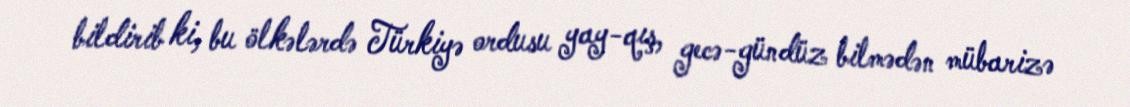
bildirib ki, bu ölkələrdə Türkiyə ordusu yay-qış, gecə-gündüz bilmədən mübarizə